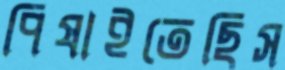
পিষাইতেছিস